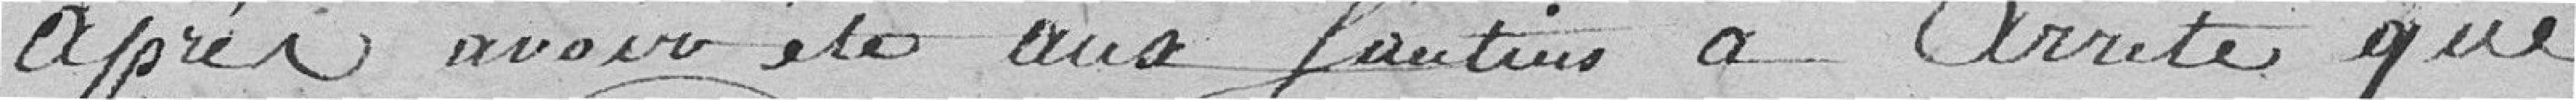
après avoir été aux Soutiens a Arrété que